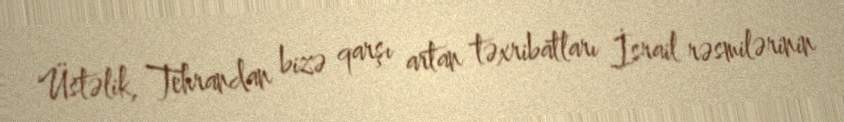
Üstəlik, Tehrandan bizə qarşı artan təxribatları İsrail rəsmilərinin